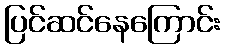
ပြင်ဆင်နေကြောင်း